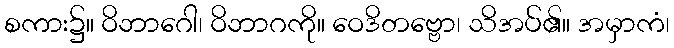
စကား၌။ ဝိဘာဂေါ၊ ဝိဘာဂကို။ ဝေဒိတဗ္ဗော၊ သိအပ်၏။ အမှာကံ၊